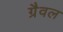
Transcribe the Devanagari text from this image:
ग्रैवल